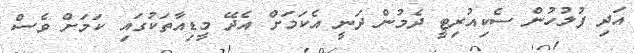
އަދި ފުލުހުން ސެކިއުރިޓީ ދެމުން ދަނީ އެކަމަށް އެދޭ މީޑިއާތަކުގައި ކަމަށް ވެސް